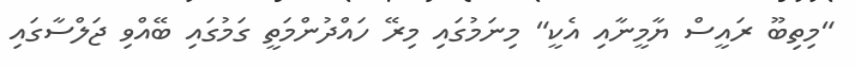
"މިތިބޫ ރައީސް ޔާމީނާއި އެކީ" މިނަމުގައި މިރޭ ހައްދުންމަތީ ގަމުގައި ބޭއްވި ޖަލްސާގައި